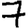
Digit: 7